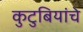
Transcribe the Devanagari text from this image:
कुटुबियांचे